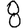
Digit: 8